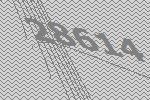
28614